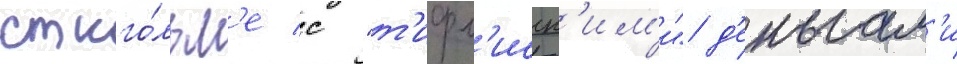
стокго́льм'е с "т'ифл'исск'им'и" д'еньгам'и